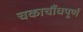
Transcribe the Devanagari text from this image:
चकाचौंधपूर्ण